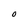
Character: O